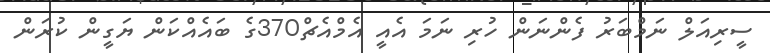
ސީރިއަލް ނަމްބަރު ފެންނަން ހުރި ނަމަ އެއީ އެމްއެޗް370ގެ ބައެއްކަން ޔަގީން ކުރަން